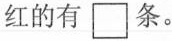
红的有\Box条。